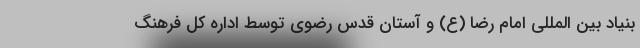
بنیاد بین المللی امام رضا (ع) و آستان قدس رضوی توسط اداره کل فرهنگ